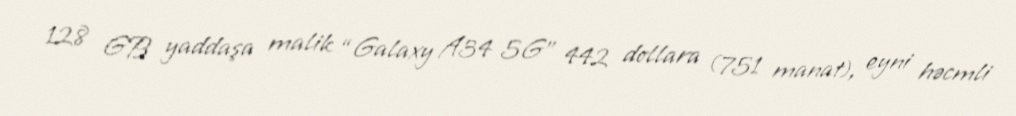
128 GB yaddaşa malik “Galaxy A34 5G” 442 dollara (751 manat), eyni həcmli